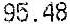
95.48